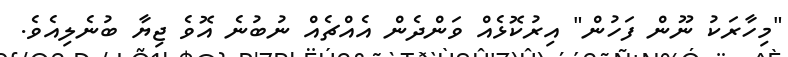
"މިހާރަކު ނޫން ފަހުން" އިރުކޮޅެއް ވަންދެން އެއްޗެއް ނުބުނެ އޮވެ ޖިޔާ ބުނެލިއެވެ.